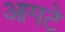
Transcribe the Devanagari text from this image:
आगटे